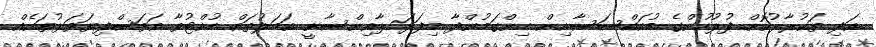
އަދި ތަކުރާރުކޮށް ފުލުހުންގެ މުއައްސަސާއިން ހިންގަމުންދާ މިފަދަ ލާއިންސާނީ އަމަލުތައް ހުއްޓުވާ އަވަސްފިޔަވަޅުތަކެއް